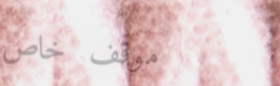
موقف خاص